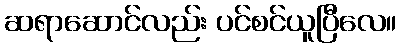
ဆရာဆောင်လည်း ပင်စင်ယူပြီလေ။